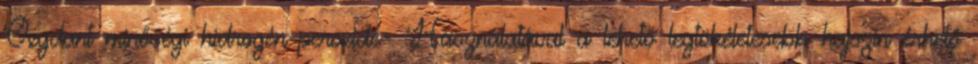
Oxydant minőségi hidrogén-peroxide- Használatával a lehető legtökéletesebb hajszín érhető